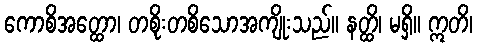
ကောစိအတ္ထော၊ တစိုးတစိသောအကျိုးသည်။ နတ္ထိ၊ မရှိ။ ဣတိ၊